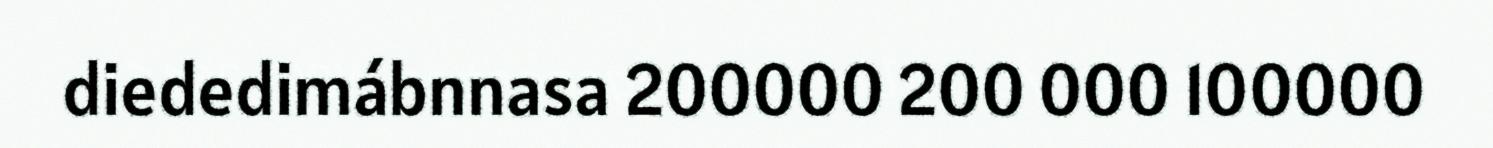
diededimábnnasa 200000 200 000 100000